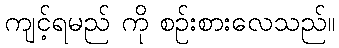
ကျင့်ရမည် ကို စဉ်းစားလေသည်။